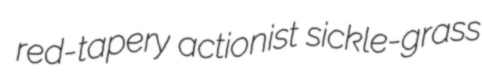
red-tapery actionist sickle-grass